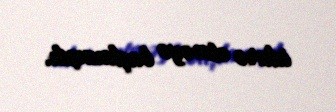
idarə etməyə başlamışdı.